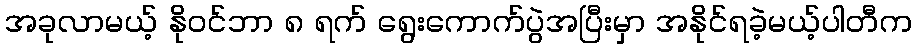
အခုလာမယ့် နိုဝင်ဘာ ၈ ရက် ရွေးကောက်ပွဲအပြီးမှာ အနိုင်ရခဲ့မယ့်ပါတီက